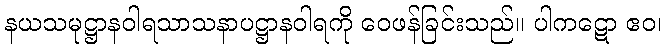
နယသမုဋ္ဌာနဝါရသာသနာပဋ္ဌာနဝါရကို ဝေဖန်ခြင်းသည်။ ပါကဋော ဧဝ၊